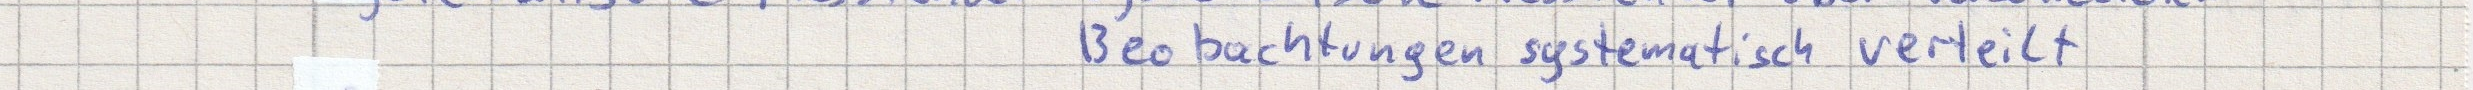
Beobachtungen systematisch verteilt